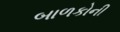
બાળકોની